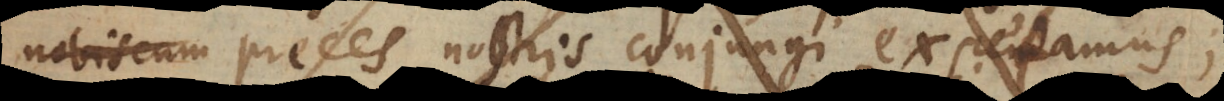
fratrum preces nostris conjungi expetamus;